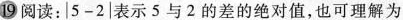
19阅读：$$|5-2|$$表示5与2的差的绝对值，也可理解为